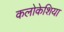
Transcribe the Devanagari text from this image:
कलोकेशिया